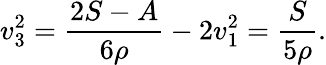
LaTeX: v_{3}^{2}=\frac{2S-A}{6\rho}-2v_{1}^{2}=\frac S{5\rho}.